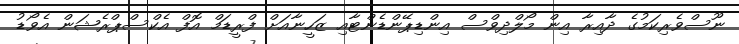
ނޫސްވެރިކަމުގެ ދާއިރާ އިން މޯލްދިވްސް އިންޑިޕޭންޑެންޓާއި ޒަހީނާއަށް ފްރީޑަމް އޮފް އެކްސްޕްރެޝަން އެވޯޑު